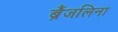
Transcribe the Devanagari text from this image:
ब्रैंजलिना